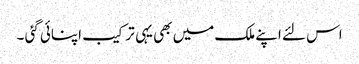
اس لئے اپنے ملک میں بھی یہی ترکیب اپنائی گئی ۔